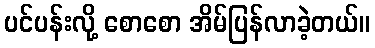
ပင်ပန်းလို့ စောစော အိမ်ပြန်လာခဲ့တယ်။